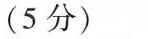
(5分)